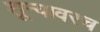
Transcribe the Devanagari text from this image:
शून्यावरच